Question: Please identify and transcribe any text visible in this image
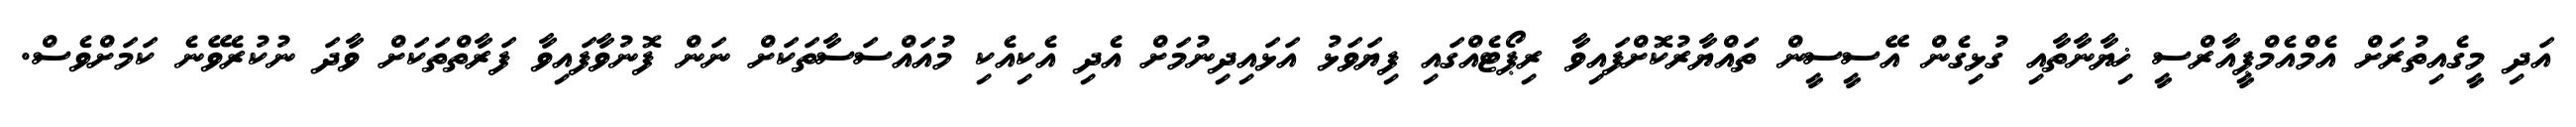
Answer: އަދި މީގެއިތުރަށް އެމްއެމްޕީއާރްސީ ޚިޔާނާތާއި ގުޅިގެން އޭސީސީން ތައްޔާރުކޮށްފައިވާ ރިޕޯޓެއްގައި ފިޔަވަޅު އަޅައިދިނުމަށް އެދި އެކިއެކި މުއައްސަސާތަކަށް ނަން ފޮނުވާފައިވާ ފަރާތްތަކަށް ވާދަ ނުކުރެވޭނެ ކަމަށްވެސް.